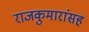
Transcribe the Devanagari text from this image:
राजकुमारांसह